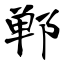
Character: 郸